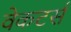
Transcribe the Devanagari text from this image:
वेकटर्स